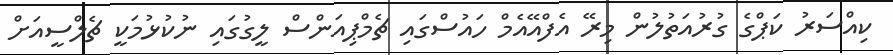
ކިއްސަރު ކަޕްގެ ގުރުއަތުލުން މިރޭ އެފްއޭއެމް ހައުސްގައި ޗެމްޕިއަންސް ލީގުގައި ނުކުޅުމަކީ ޗެލްސީއަށް